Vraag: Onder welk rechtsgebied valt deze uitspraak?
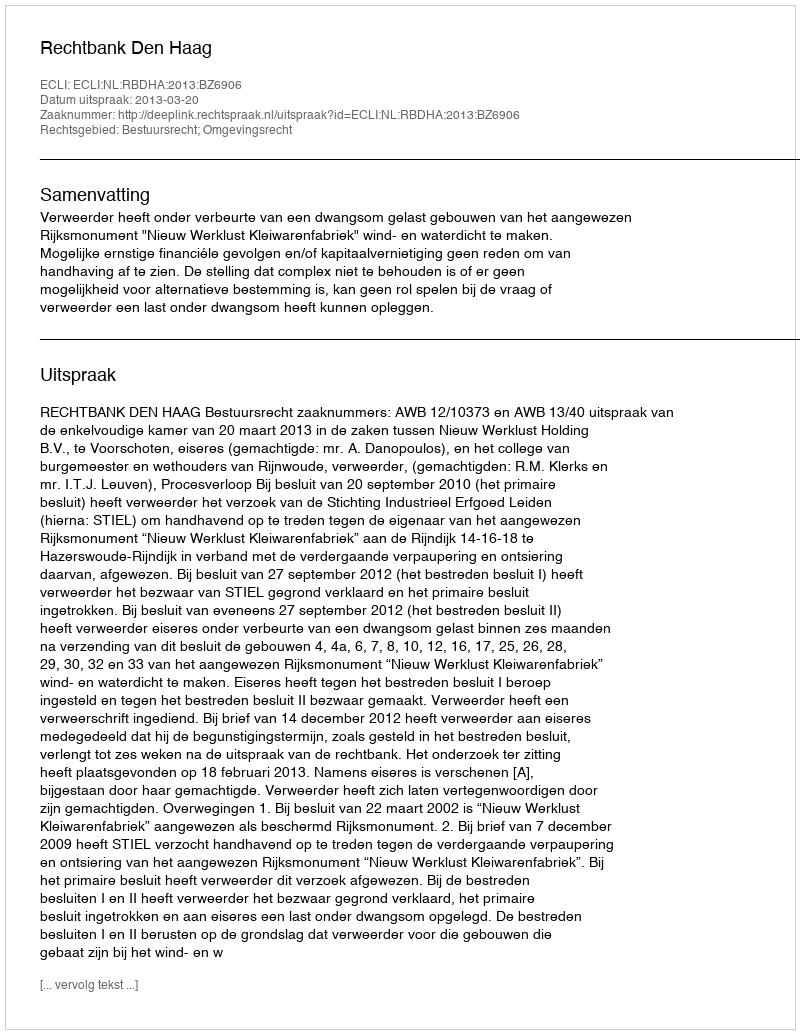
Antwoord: Bestuursrecht; Omgevingsrecht